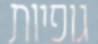
גופיות